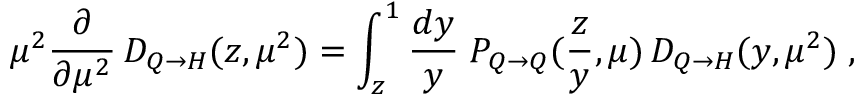
\mu ^ { 2 } \frac { \partial } { \partial \mu ^ { 2 } } \, D _ { Q \to H } ( z , \mu ^ { 2 } ) = \int _ { z } ^ { 1 } \frac { d y } { y } \; P _ { Q \to Q } ( \frac { z } { y } , \mu ) \, D _ { Q \to H } ( y , \mu ^ { 2 } ) \; ,